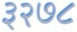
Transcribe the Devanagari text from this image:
३२७८